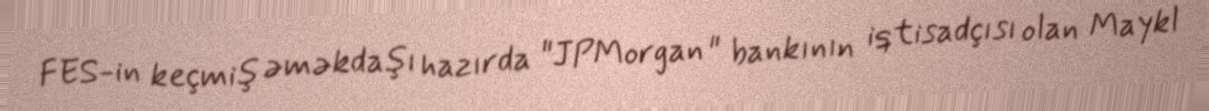
FES-in keçmiş əməkdaşı hazırda "JPMorgan " bankının iqtisadçısı olan Maykl